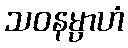
သဝနမ္ပာဟံ